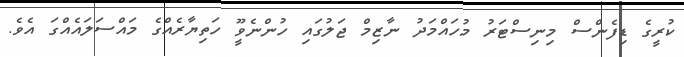
ކުރީގެ ޑިފެންސް މިނިސްޓަރު މުހައްމަދު ނާޒިމް ޖަލުގައި ހުންނެވީޫ ހަތިޔާރެއްގެ މައްސަލައެއްގަ އެވެ.